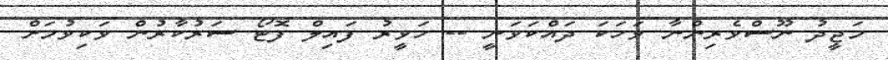
މަޖީދު ނޫސްވެރިންނާ ވަހަކަ ދައްކަވަނީ -- ހަވީރު ފައިލް ފޮޓޯ ސަރުކާރުން ވަކިވުމަށް